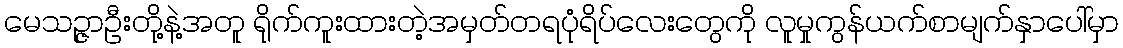
မေသဉ္ဇာဦးတို့နဲ့အတူ ရိုက်ကူးထားတဲ့အမှတ်တရပုံရိပ်လေးတွေကို လူမှုကွန်ယက်စာမျက်နှာပေါ်မှာ